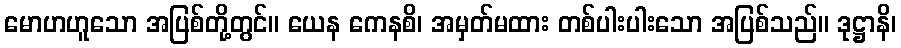
မောဟဟူသော အပြစ်တို့တွင်။ ယေန ကေနစိ၊ အမှတ်မထား တစ်ပါးပါးသော အပြစ်သည်။ ဒုဋ္ဌာနိ၊